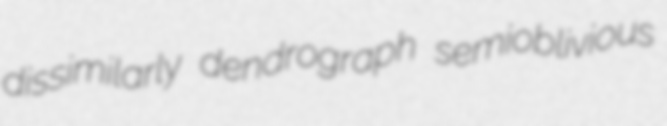
dissimilarly dendrograph semioblivious